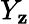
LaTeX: Y_{\mathbf{z}}